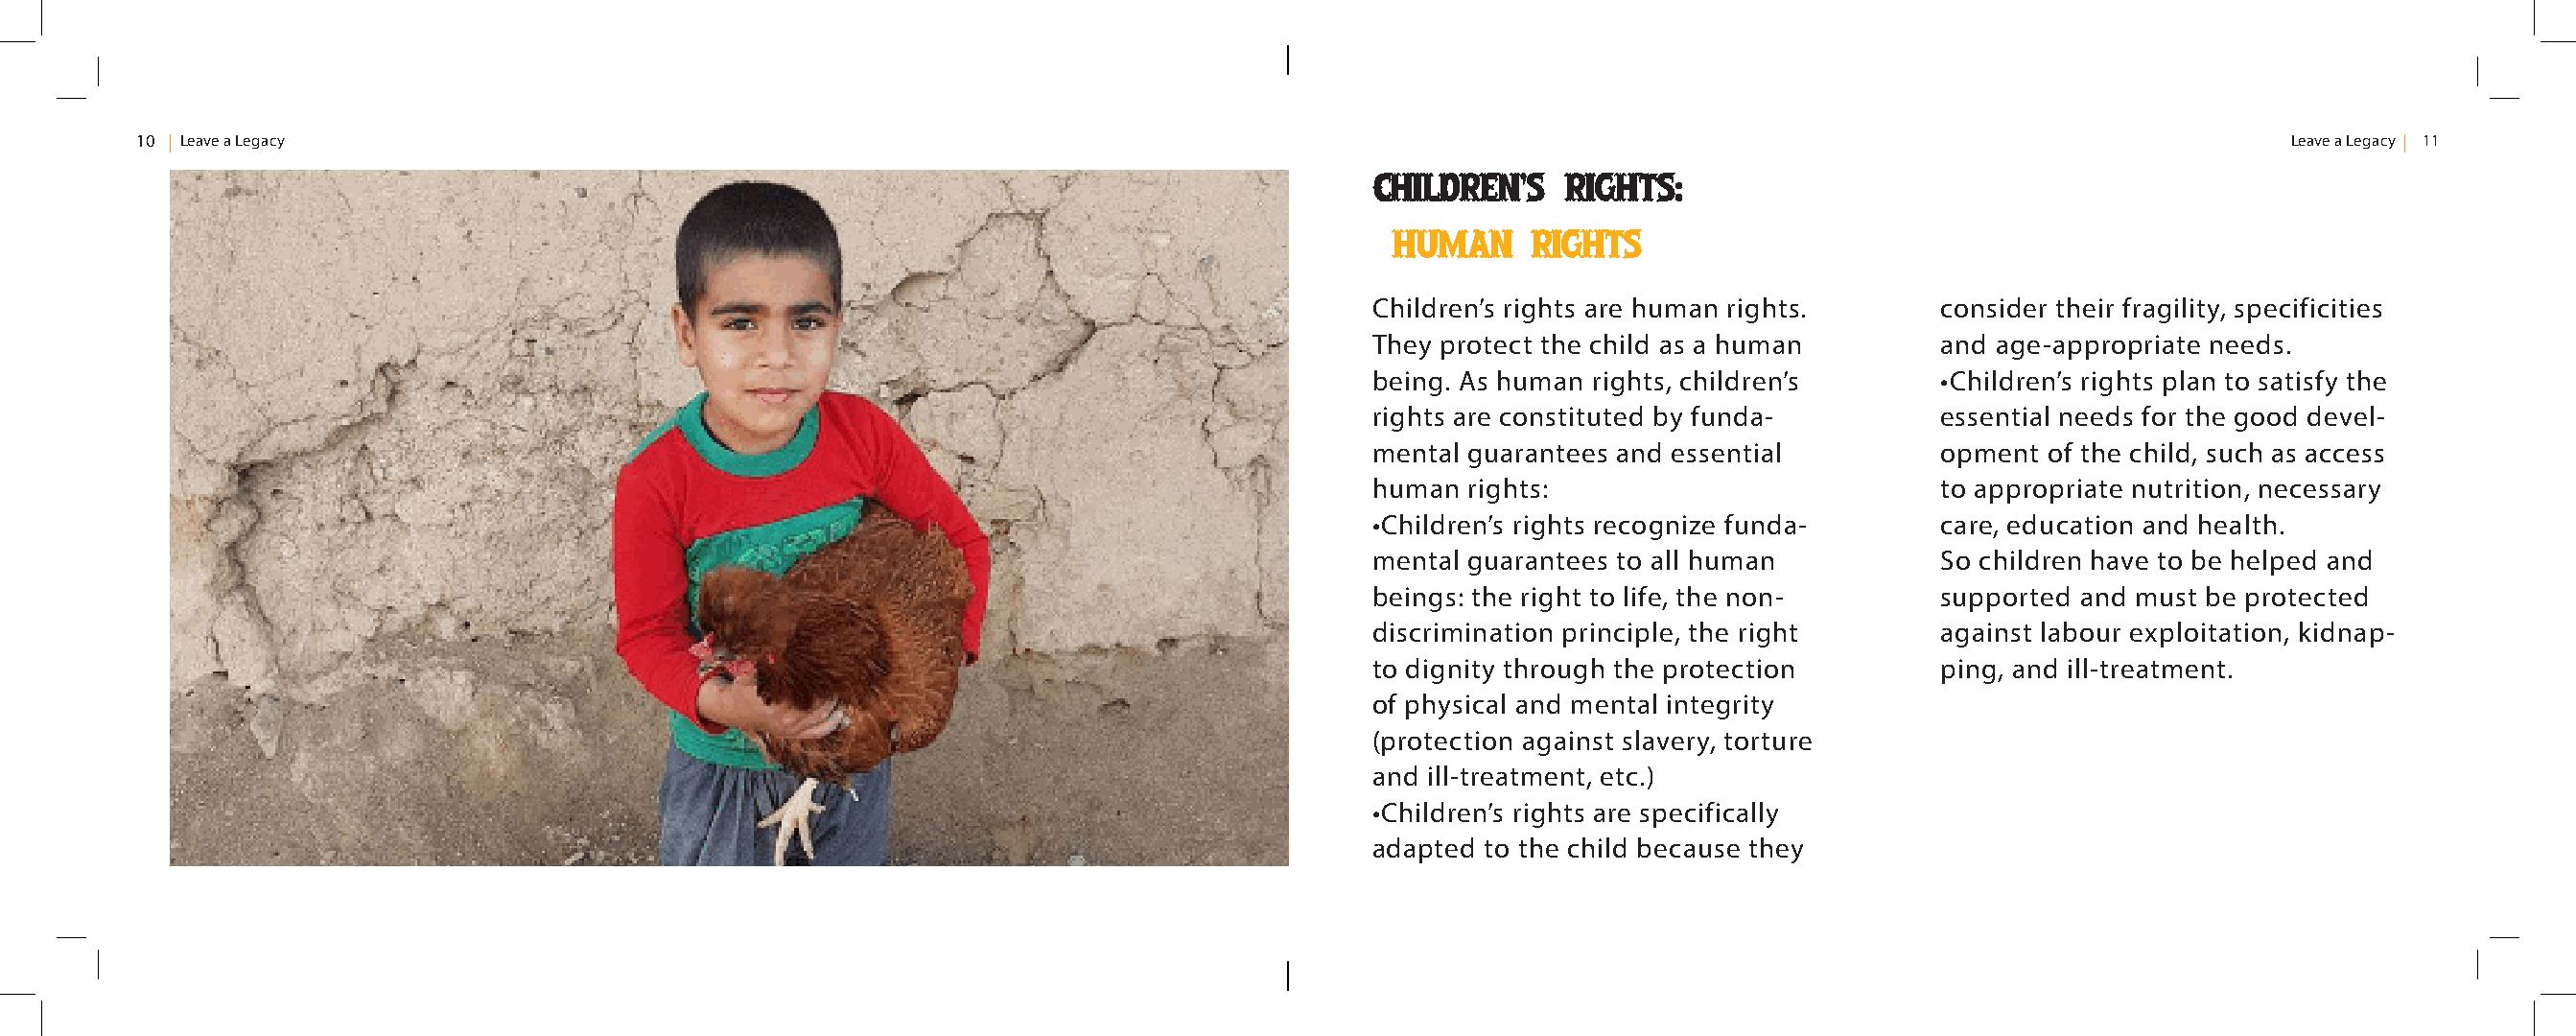
10 Leave a Legacy                                                                                                                                    Leave a Legacy 11
 Children’s   rights:
 human     rights
 Children’s rights are human rights.    consider their fragility, specificities
 They protect the child as a human      and age-appropriate needs.
 being. As human rights, children’s     •Children’s rights plan to satisfy the
 rights are constituted by funda-       essential needs for the good devel-
 mental guarantees and essential        opment of the child, such as access
 human rights:                          to appropriate nutrition, necessary
 •Children’s rights recognize funda-    care, education and health.
 mental guarantees to all human         So children have to be helped and
 beings: the right to life, the non-    supported and must be protected
 discrimination principle, the right    against labour exploitation, kidnap-
 to dignity through the protection      ping, and ill-treatment.
 of physical and mental integrity
 (protection against slavery, torture
 and ill-treatment, etc.)
 •Children’s rights are specifically
 adapted to the child because they